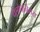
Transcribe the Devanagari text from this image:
पेलोपोनेसस